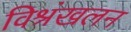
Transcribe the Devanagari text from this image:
विश्रंखलन